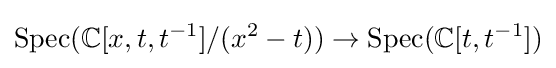
{\text{Spec}}(\mathbb {C} [x,t,t^{-1}]/(x^{2}-t))\to {\text{Spec}}(\mathbb {C} [t,t^{-1}])